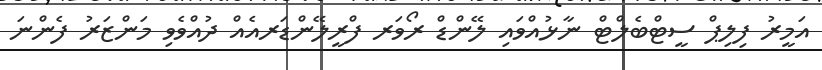
އަމީރު ފިލިޕް ސީޓްބެލްޓް ނާޅުއްވައި ލޭންޑް ރޯވަރ ފްރީލޭންޑަރއެއް ދުއްވެވި މަންޒަރު ފެންނަ